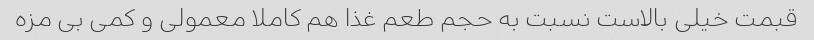
قبمت خیلی بالاست نسبت به حجم طعم غذا هم کاملا معمولی و کمی بی مزه